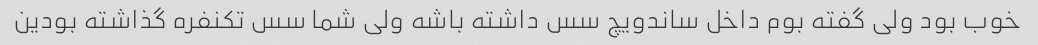
خوب بود ولی گفته بوم داخل ساندویچ سس داشته باشه ولی شما سس تکنفره گذاشته بودین